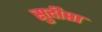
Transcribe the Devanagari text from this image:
सुदीप्ता